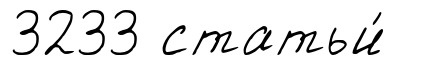
3233 статьи́